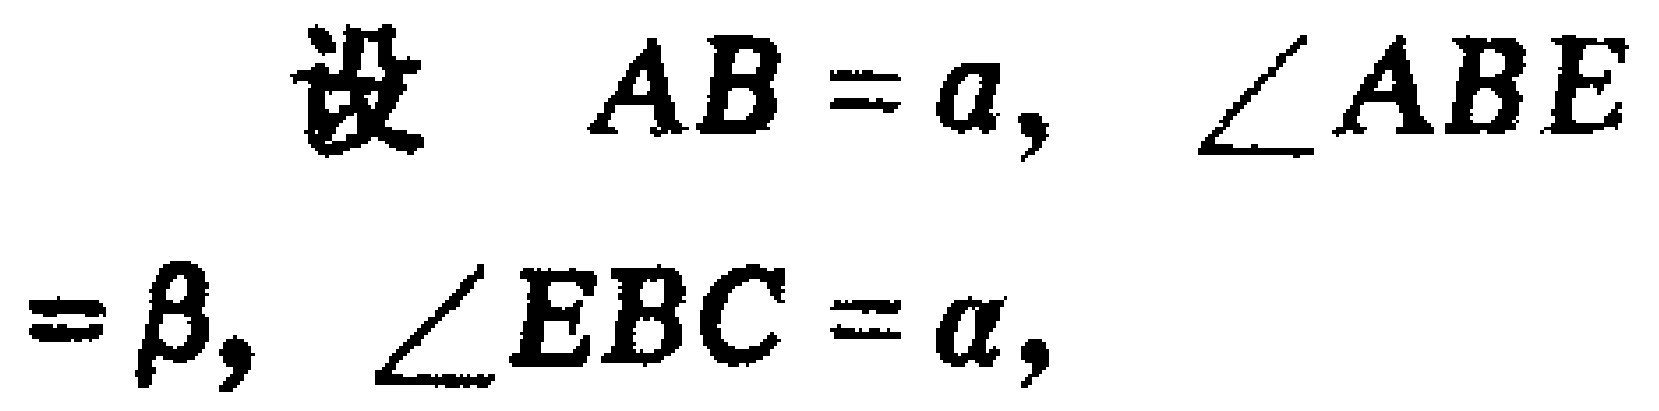
设 \(AB = a\)，\(\angle ABE=\beta\)，\(\angle EBC = \alpha\)